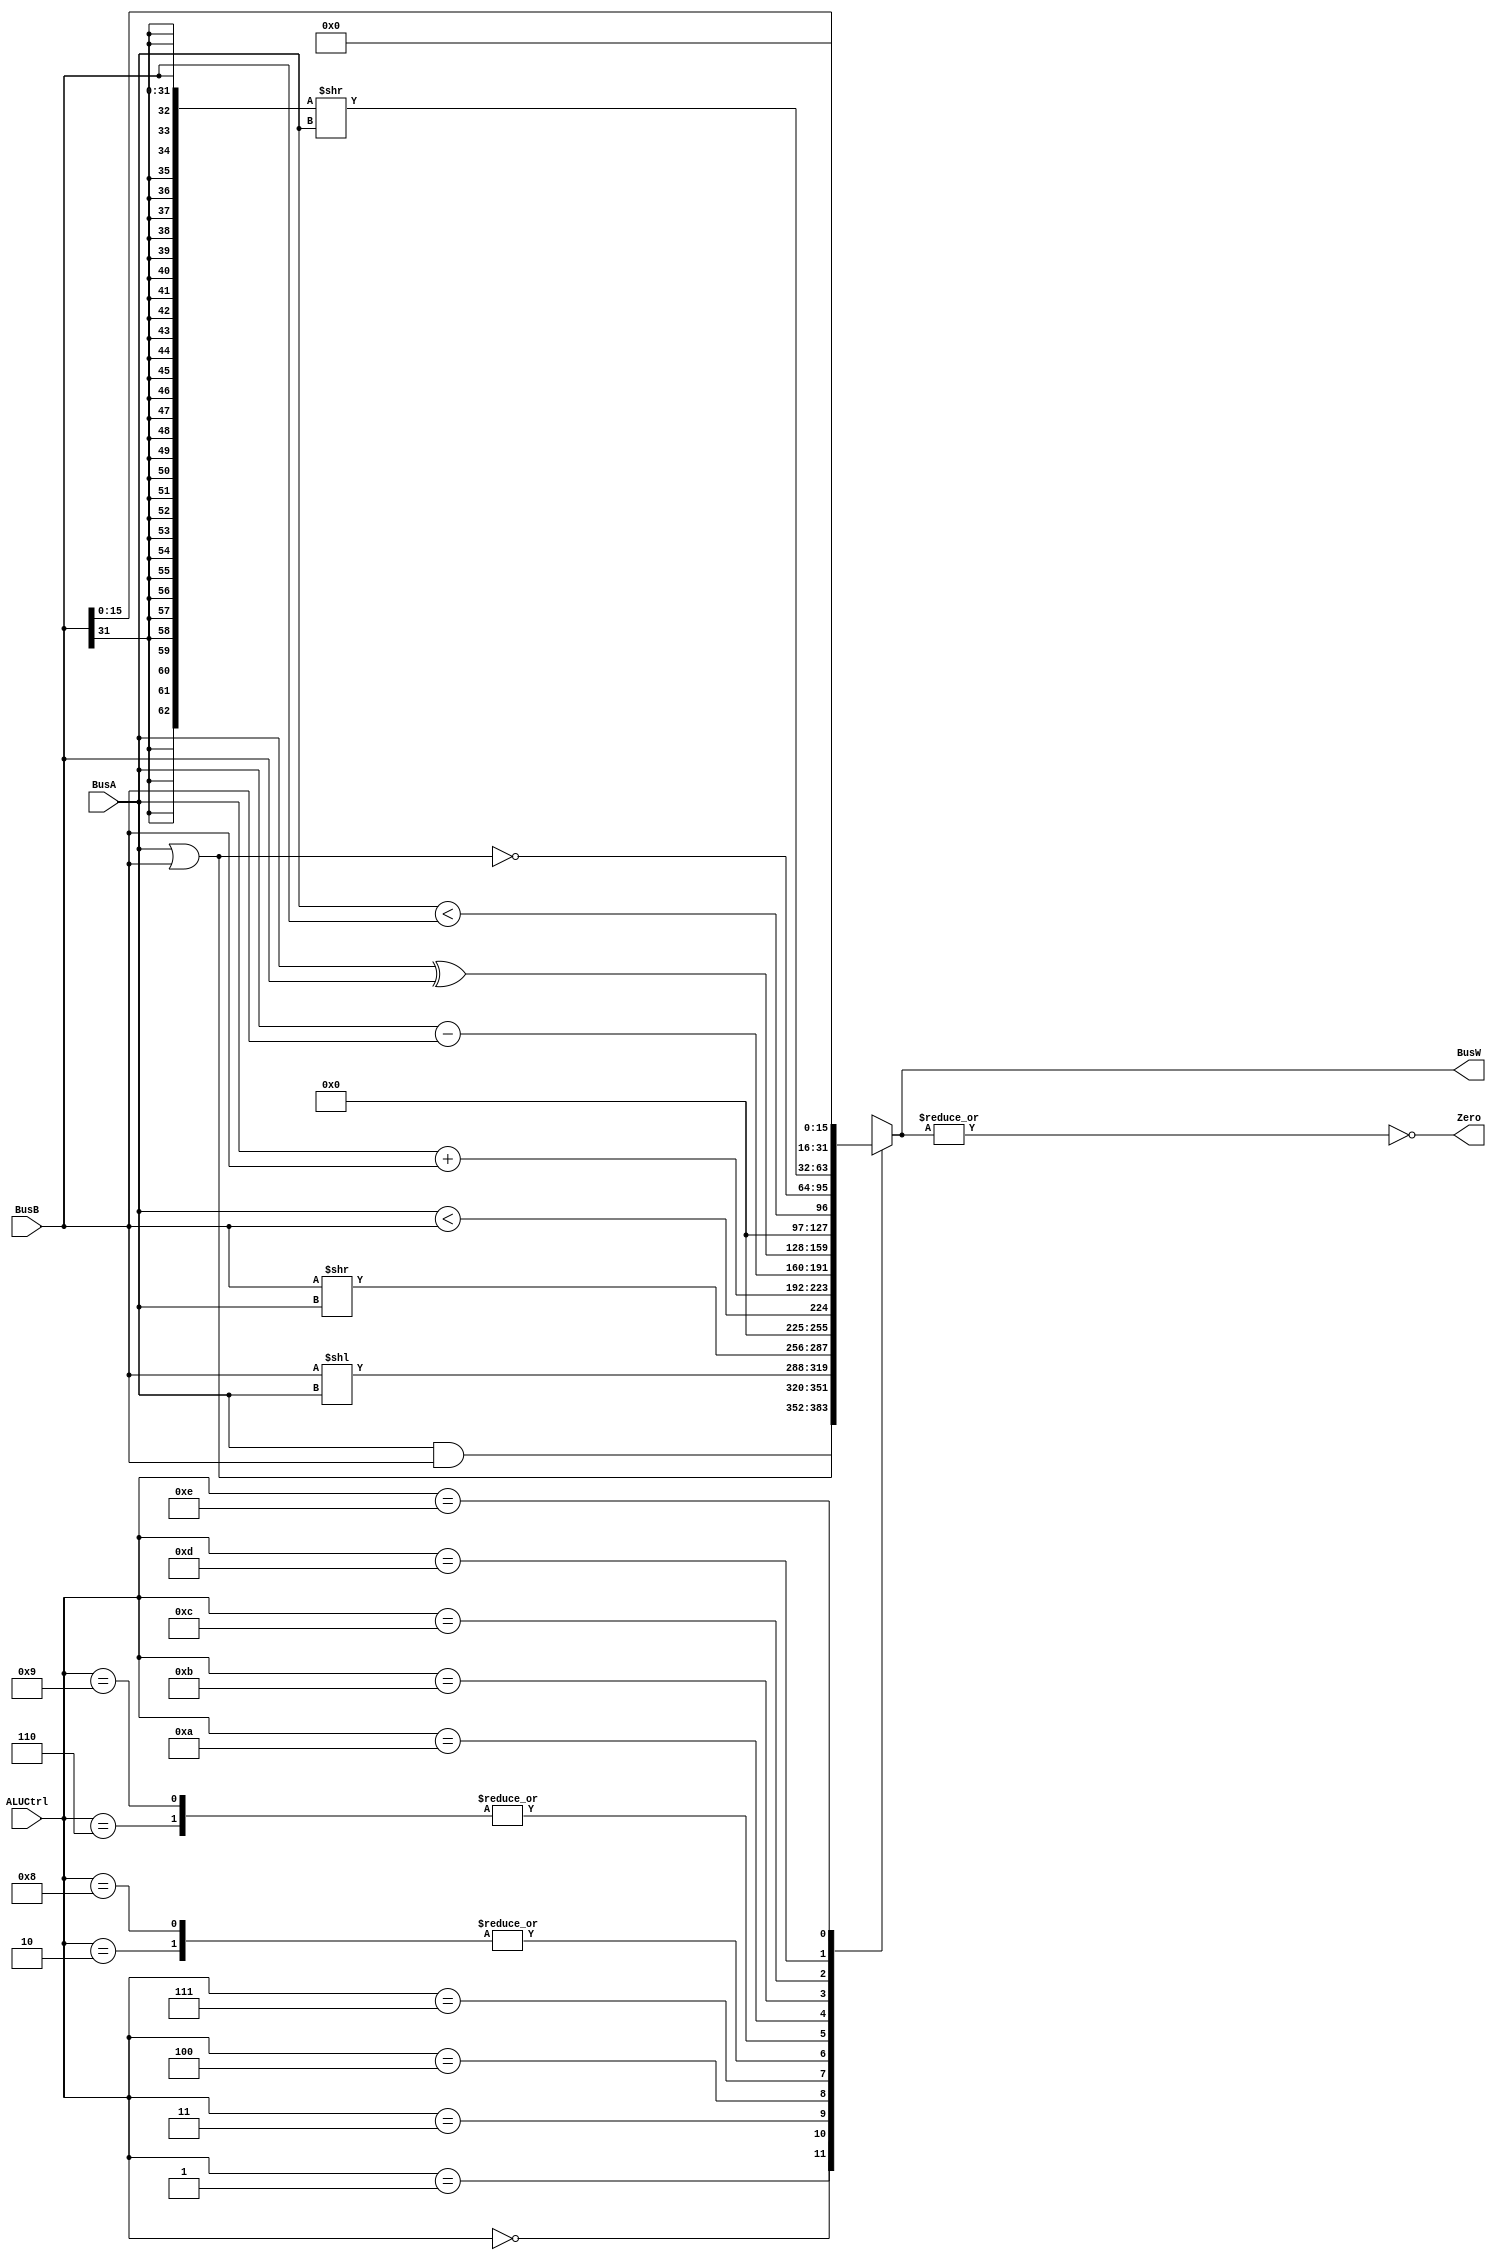
`ifndef _alu_v_
`define _alu_v_
`endif

`define AND  4'b0000
`define OR   4'b0001
`define ADD  4'b0010
`define SLL  4'b0011
`define SRL  4'b0100
`define SUB  4'b0110
`define SLT  4'b0111  // Set less than
`define ADDU 4'b1000  // Add Unsigned
`define SUBU 4'b1001
`define XOR  4'b1010
`define SLTU 4'b1011
`define NOR  4'b1100
`define SRA  4'b1101
`define LUI  4'b1110

module ALU(BusW, Zero, BusA, BusB, ALUCtrl);

  input wire [31:0] BusA, BusB;
  input wire [3:0] ALUCtrl;
  output reg [31:0] BusW;
  output wire Zero;
  
  wire w_zero = ~(|BusW);   // Determine if BusW == 0
  assign Zero = w_zero;
  
  always @(*) begin
    case (ALUCtrl)
      `AND:  begin   // Bitwise And
              BusW= BusA & BusB;
              //Zero=1'bx;
            end
      `OR:  begin    // Bitwise OR
              BusW= BusA | BusB;
              //Zero=1'bx;
            end
      `ADD:  begin   // Add
              BusW= BusA + BusB;
              //Zero=1'bx;
            end
      `SLL:  begin   // Shift Left Logical
              BusW= (BusB << BusA);
              //Zero=1'bx;
            end
      `SRL:  begin   // Shift Right Logical
              BusW= (BusB >> BusA);
              //Zero=1'bx;
            end
      `SUB:  begin   // Subtraction
              BusW= BusA - BusB;
              //Zero=1'bx;
            end
      `SLT:  begin   // Set less than (A<B)
              BusW={31'b0, ( $signed(BusA) < $signed(BusB) )};
              //Zero=1'bx;
            end
      `ADDU:  begin  // Unsigned Add 
              BusW= BusA + BusB;
              //Zero=1'bx;
            end
      `SUBU:  begin  // Unsigned Subtract
              BusW= BusA - BusB;
              //Zero=1'bx;
            end
      `XOR:  begin   // Bitwise XOR 
              BusW= BusA ^ BusB;
              //Zero=1'bx;
            end
      `SLTU:  begin  // Set Less Than unsigned
              BusW= {31'b0, (BusA < BusB)};
              //Zero=1'bx;
            end
      `NOR:  begin  // Bitwise NOR
              BusW= ~(BusA | BusB);
              //Zero=1'bx;
            end
      `SRA:  begin  // Arithmetic Right Shift
              BusW= {{31{BusB[31]}},BusB} >> BusA;
              //Zero=1'bx;
            end
      `LUI:  begin  // Load upper immdediate
              BusW= {BusB[15:0], 16'b0};     // Immediate muxed into BusB
              //Zero=1'bx;
            end            
      default: begin
                 BusW=32'bx;
                 //Zero=1'bx;
               end
    endcase
  
  end

endmodule